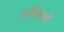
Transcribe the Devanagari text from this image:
सल्लियाँ